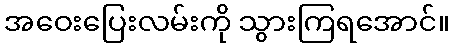
အဝေးပြေးလမ်းကို သွားကြရအောင်။